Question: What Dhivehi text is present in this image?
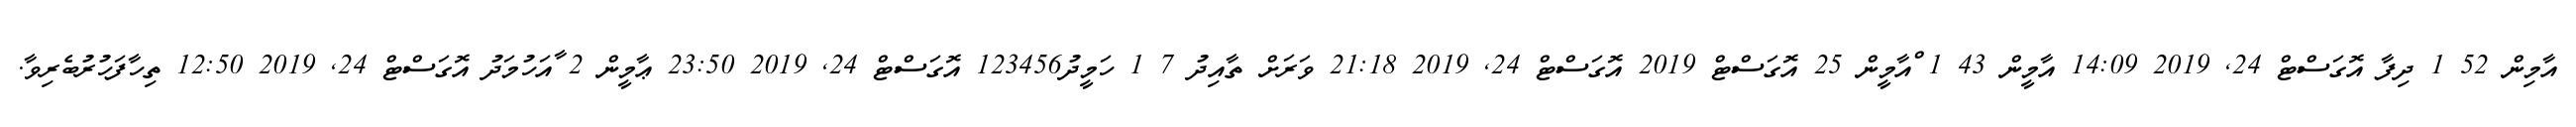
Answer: އާމިން 52 1 ދިފާ އޮގަސްޓް 24, 2019 14:09 އާމީން 43 1 ްއާމީން 25 އޮގަސްޓް 2019 އޮގަސްޓް 24, 2019 21:18 ވަރަށް ތާއިދު 7 1 ހަމީދު123456 އޮގަސްޓް 24, 2019 23:50 ޢާމީން 2 ާއަހުމަދު އޮގަސްޓް 24, 2019 12:50 ތިހާފަހުރުބެރިވާ.